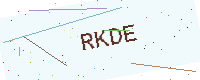
Text: RKDE